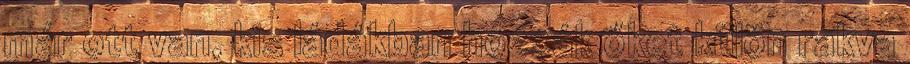
már ott van, kis ládákban hozzák őket külön rakva